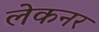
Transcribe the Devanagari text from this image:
लेकनर